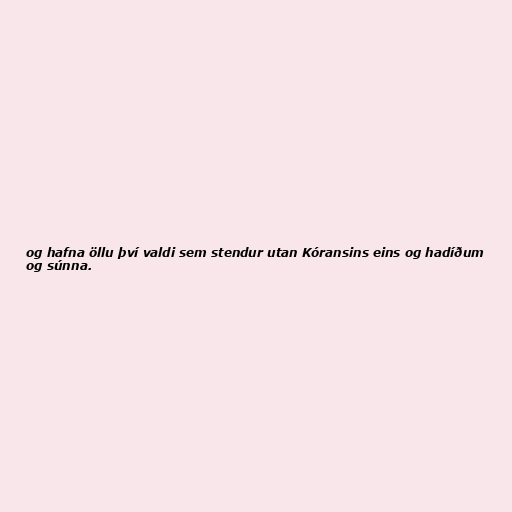
og hafna öllu því valdi sem stendur utan Kóransins eins og hadíðum
og súnna.